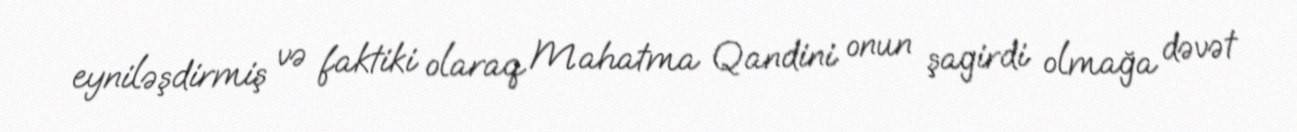
eyniləşdirmiş və faktiki olaraq Mahatma Qandini onun şagirdi olmağa dəvət